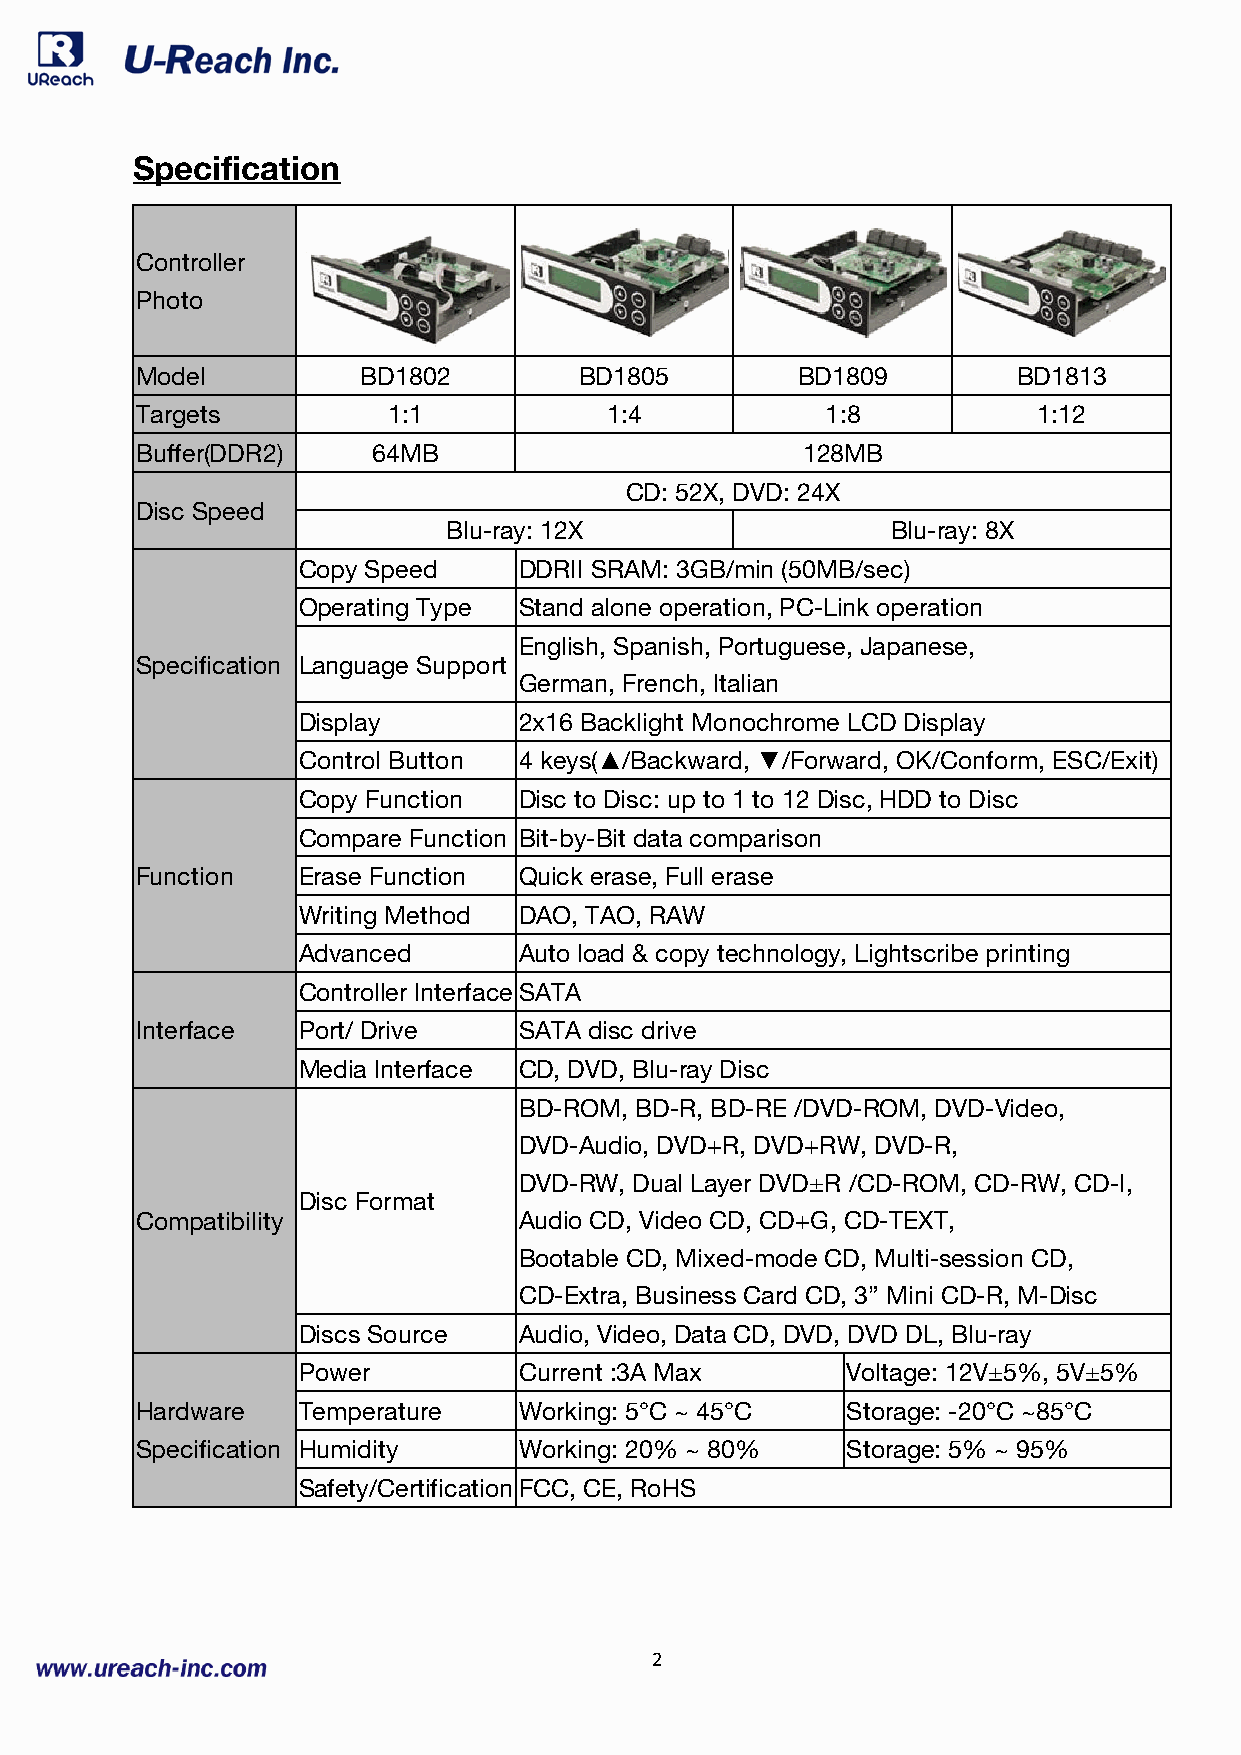
Specification
 Controller
 Photo
 Model          BD1802        BD1805         BD1809        BD1813
 Targets          1:1           1:4            1:8           1:12
 Buffer(DDR2)    64MB                        128MB
 CD: 52X, DVD: 24X
 Disc Speed
 Blu-ray: 12X                  Blu-ray: 8X
 Copy Speed    DDRII SRAM: 3GB/min (50MB/sec)
 Operating Type Stand alone operation, PC-Link operation
 English, Spanish, Portuguese, Japanese,
 Specification Language Support
 German, French, Italian
 Display       2x16 Backlight Monochrome LCD Display
 Control Button 4 keys(▲/Backward, ▼/Forward, OK/Conform, ESC/Exit)
 Copy Function Disc to Disc: up to 1 to 12 Disc, HDD to Disc
 Compare Function Bit-by-Bit data comparison
 Function   Erase Function Quick erase, Full erase
 Writing Method DAO, TAO, RAW
 Advanced      Auto load & copy technology, Lightscribe printing
 Controller Interface S ATA
 Interface  Port/ Drive   SATA disc drive
 Media Interface CD, DVD, Blu-ray Disc
 BD-ROM, BD-R, BD-RE /DVD-ROM, DVD-Video,
 DVD-Audio, DVD+R, DVD+RW, DVD-R,
 DVD-RW, Dual Layer DVD±R /CD-ROM, CD-RW, CD-I,
 Disc Format
 Compatibility            Audio CD, Video CD, CD+G, CD-TEXT,
 Bootable CD, Mixed-mode CD, Multi-session CD,
 CD-Extra, Business Card CD, 3” Mini CD-R, M-Disc
 Discs Source  Audio, Video, Data CD, DVD, DVD DL, Blu-ray
 Power         Current :3A Max       Voltage: 12V±5%, 5V±5%
 Hardware   Temperature   Working: 5°C ~ 45°C   Storage: -20°C ~85°C
 Specification Humidity   Working: 20% ~ 80%    Storage: 5% ~ 95%
 Safety/Certification FCC, CE, RoHS
 2